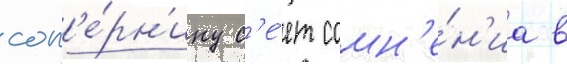
соп'е́рн'ику с'е́ет сомн'е́н'иа в